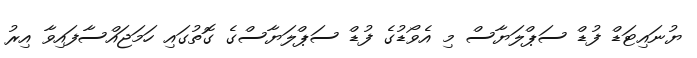
ޔުނައިޓަޑް ފުޑް ސަޕްލަޔާސް މި އެވޯޑުގެ ފުޑް ސަޕްލަޔާސްގެ ގޮތުގައި ހަމަޖައްސާފައިވާ އިރު